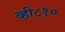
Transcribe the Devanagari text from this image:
व्ही८१०